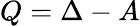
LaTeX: Q=\Delta-A